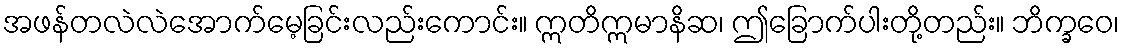
အဖန်တလဲလဲအောက်မေ့ခြင်းလည်းကောင်း။ ဣတိဣမာနိဆ၊ ဤခြောက်ပါးတို့တည်း။ ဘိက္ခဝေ၊